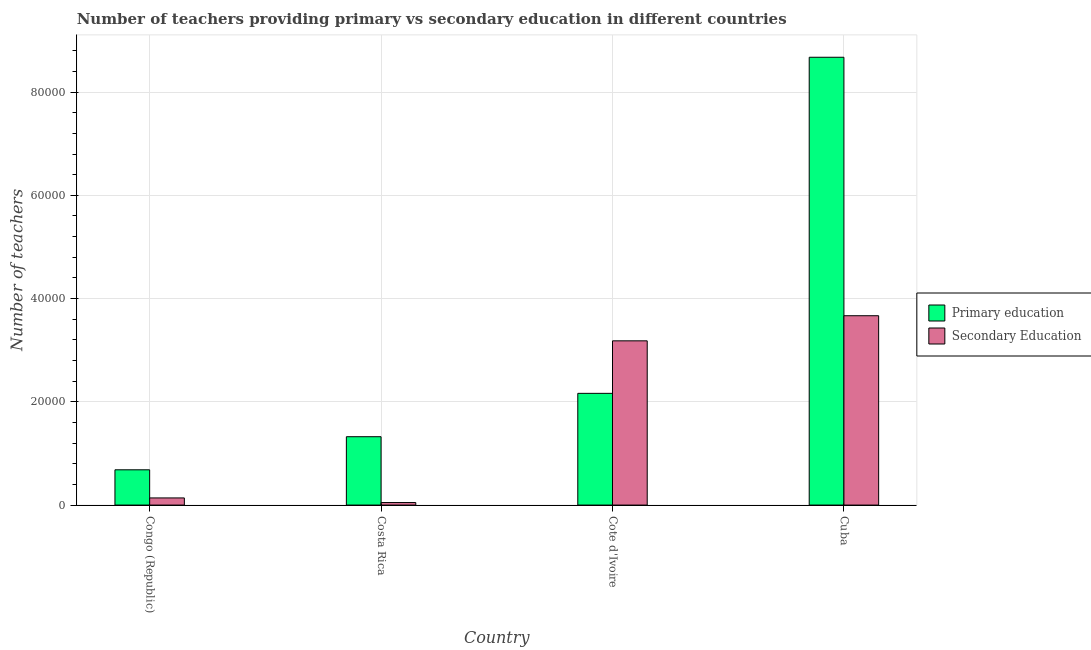
| Country | Primary education | Secondary Education |
 | --- | --- | --- |
 | Congo (Republic) | 6.83e+03 | 1.38e+03 |
 | Costa Rica | 1.32e+04 | 490 |
 | Cote d'Ivoire | 2.16e+04 | 3.18e+04 |
 | Cuba | 8.67e+04 | 3.67e+04 |